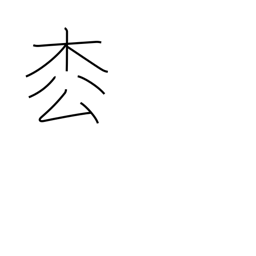
Meaning: fir tree